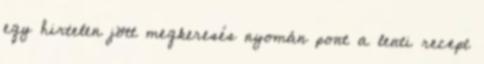
egy hirtelen jött megkeresés nyomán pont a lenti recept